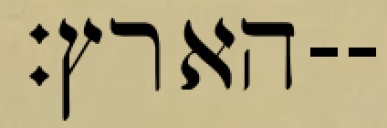
הארץ׃--